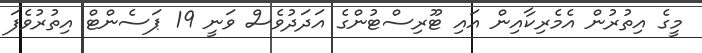
މީގެ އިތުރުން އެމެރިކާއިން އައި ޓޫރިސްޓުންގެ އަދަދުވެސް ވަނީ 19 ޕަސެންޓް އިތުރުވެފަ